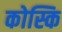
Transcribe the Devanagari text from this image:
कोस्कि